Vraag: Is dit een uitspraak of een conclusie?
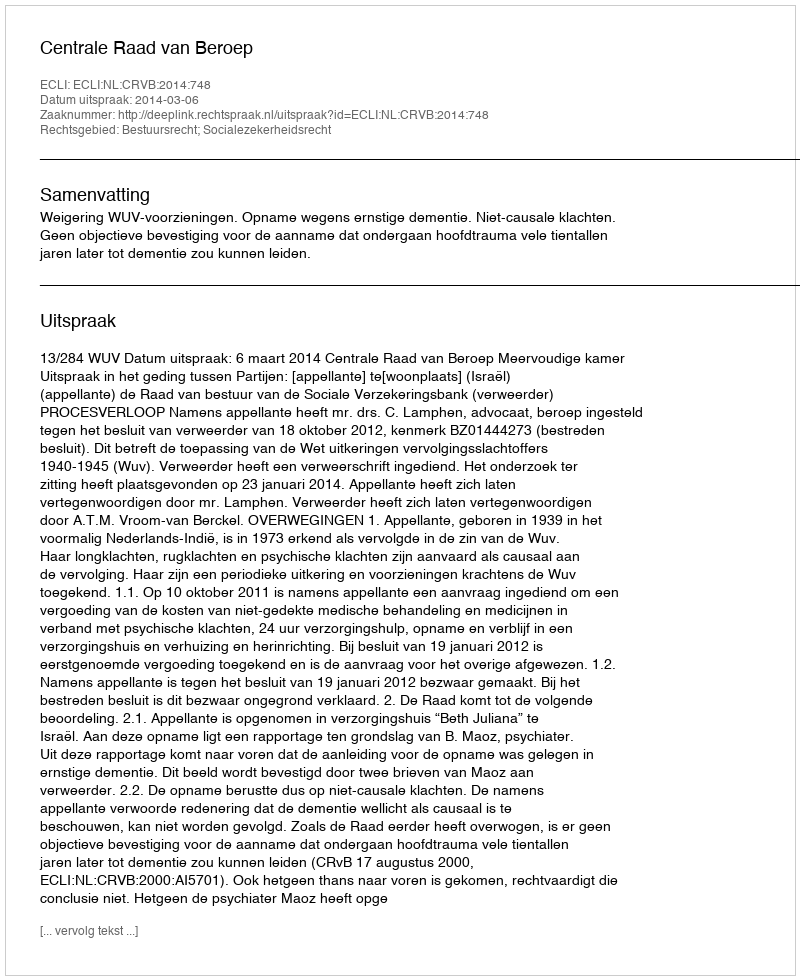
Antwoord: Uitspraak